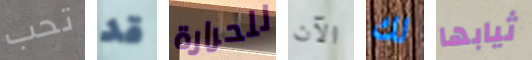
تحب قد للحرارة الآن لك ثيابها